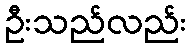
ဦးသည်လည်း